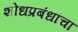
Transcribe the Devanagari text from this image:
शोधप्रबंधांचा